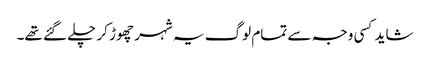
شاید کسی وجہ سے تمام لوگ یہ شہر چھوڑ کر چلے گئے تھے۔